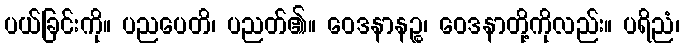
ပယ်ခြင်းကို။ ပညပေတိ၊ ပညတ်၏။ ဝေဒနာနဉ္စ၊ ဝေဒနာတို့ကိုလည်း။ ပရိညံ၊